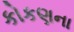
કોકણના